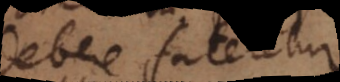
debere fateretur.